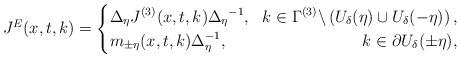
LaTeX: \begin{align*} J^E(x,t,k)=\left\{ \begin{aligned} & \Delta_\eta J^{(3)}(x,t,k){\Delta_\eta}^{-1}, & k\in\Gamma^{(3)}\backslash \left(U_{\delta}(\eta)\cup U_{\delta}(-\eta)\right),\\ & m_{\pm\eta}(x,t,k)\Delta_\eta^{-1}, & k\in\partial U_{\delta}(\pm\eta), \end{aligned} \right. \end{align*}